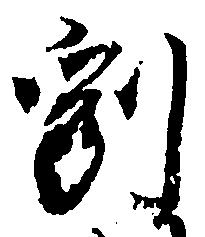
刻